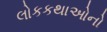
લોકકથાઓનો